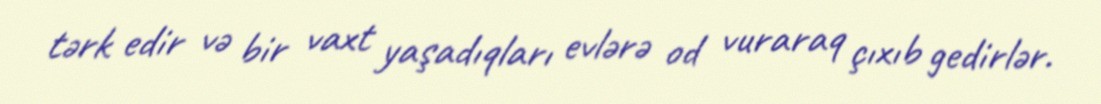
tərk edir və bir vaxt yaşadıqları evlərə od vuraraq çıxıb gedirlər.